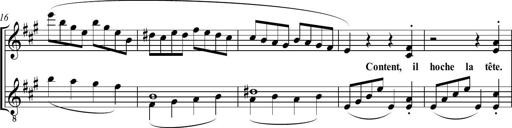
Title: Sonatine bureaucratique
Composer: Erik Satie